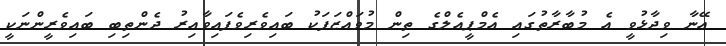
އޭނާ ވިދާޅުވީ އެ މުބާރާތުގައި އެމްޕީއެލްގެ ތިން މުވައްޒަފަކު ބައިވެރިވެެފައިވާއިރު ދެންތިބި ބައިވެރީންނަކީ